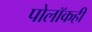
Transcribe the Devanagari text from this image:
पोलॉकही